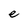
Character: e